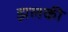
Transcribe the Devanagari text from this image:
झलकी